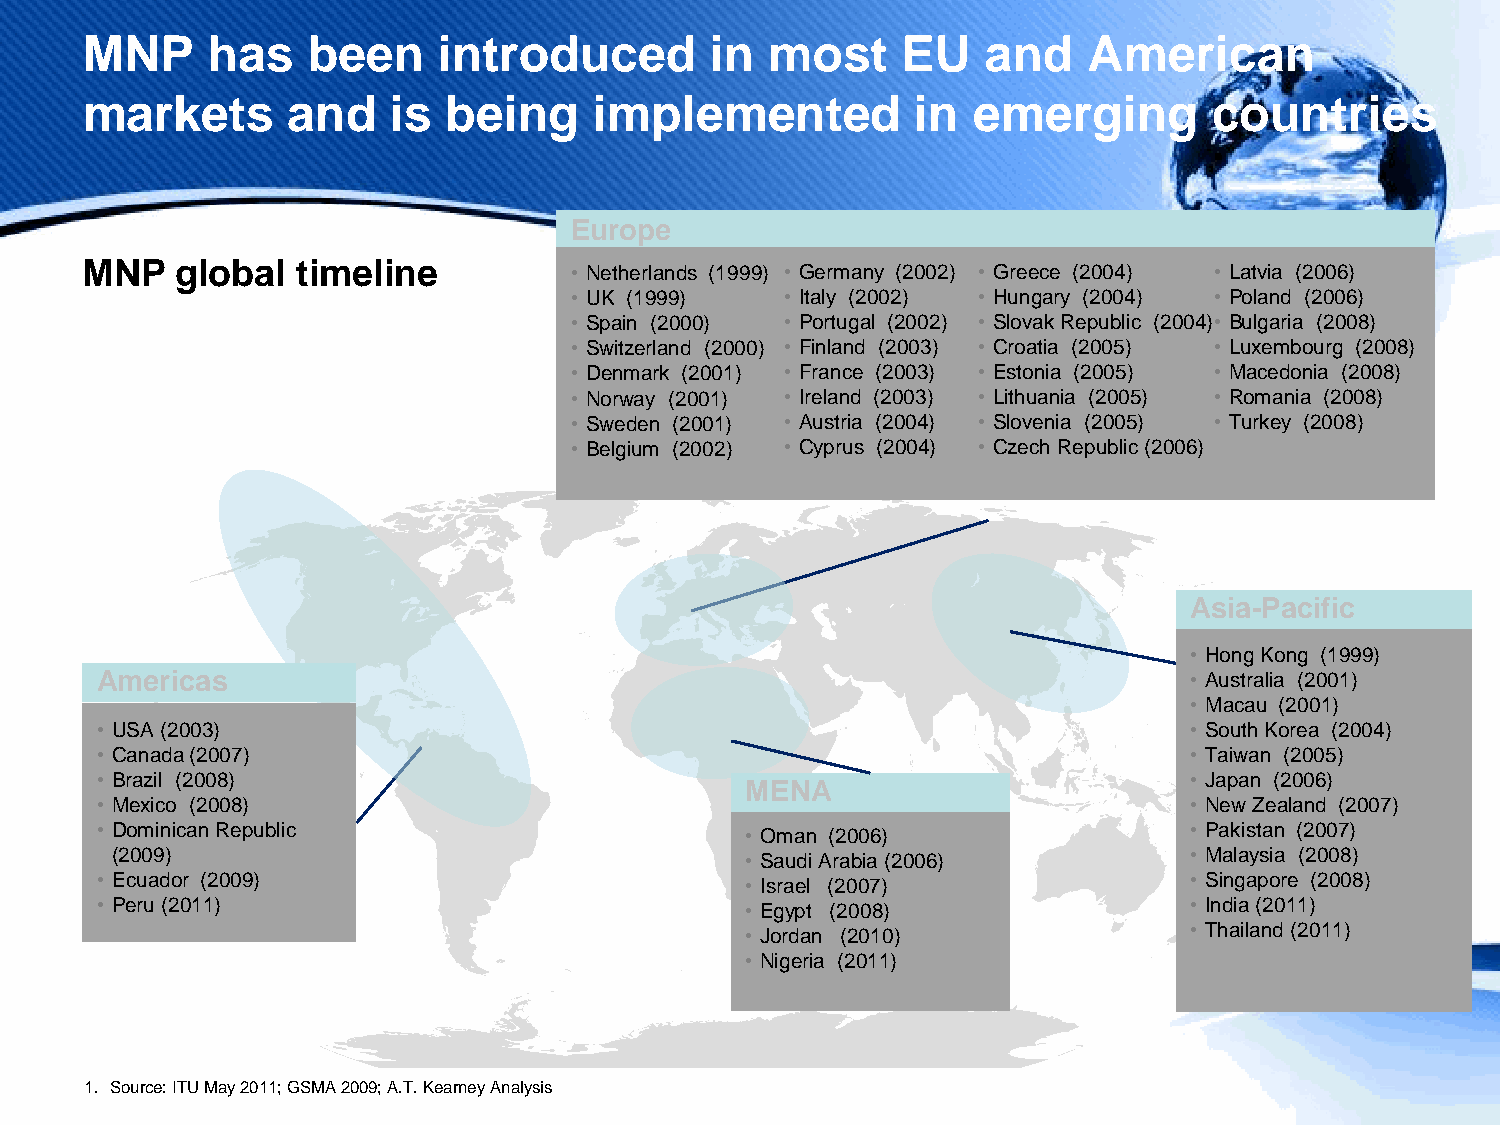
MNP      has   been     introduced        in  most     EU   and    American
 markets       and    is  being    implemented           in emerging        countries
 Europe
 MNP    global  timeline
 • Netherlands (1999) • Germany (2002) • Greece (2004) • Latvia (2006)
 • UK (1999)   • Italy (2002) • Hungary (2004) • Poland (2006)
 • Spain (2000) • Portugal (2002) • Slovak Republic (2004)• Bulgaria (2008)
 • Switzerland (2000) • Finland (2003) • Croatia (2005) • Luxembourg (2008)
 • Denmark (2001) • France (2003) • Estonia (2005) • Macedonia (2008)
 • Norway (2001) • Ireland (2003) • Lithuania (2005) • Romania (2008)
 • Sweden (2001) • Austria (2004) • Slovenia (2005) • Turkey (2008)
 • Belgium (2002) • Cyprus (2004) • Czech Republic (2006)
 Asia-Pacific
 • Hong Kong (1999)
 Americas                                                                 • Australia (2001)
 • Macau (2001)
 • USA (2003)                                                             • South Korea (2004)
 • Canada (2007)                                                          • Taiwan (2005)
 • Brazil (2008)                                                          • Japan (2006)
 MENA
 • Mexico (2008)                                                          • New Zealand (2007)
 • Dominican Republic                       • Oman (2006)                 • Pakistan (2007)
 (2009)                                    • Saudi Arabia (2006)         • Malaysia (2008)
 • Ecuador (2009)                           • Israel (2007)               • Singapore (2008)
 • Peru (2011)                              • Egypt (2008)                • India (2011)
 • Jordan (2010)               • Thailand (2011)
 • Nigeria (2011)
 1. Source: ITU May 2011; GSMA 2009; A.T. Kearney Analysis